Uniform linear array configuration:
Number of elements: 4
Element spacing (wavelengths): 0.5
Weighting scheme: hamming
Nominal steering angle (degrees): -30
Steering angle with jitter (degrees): -31.577
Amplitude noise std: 0.05
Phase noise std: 0.05

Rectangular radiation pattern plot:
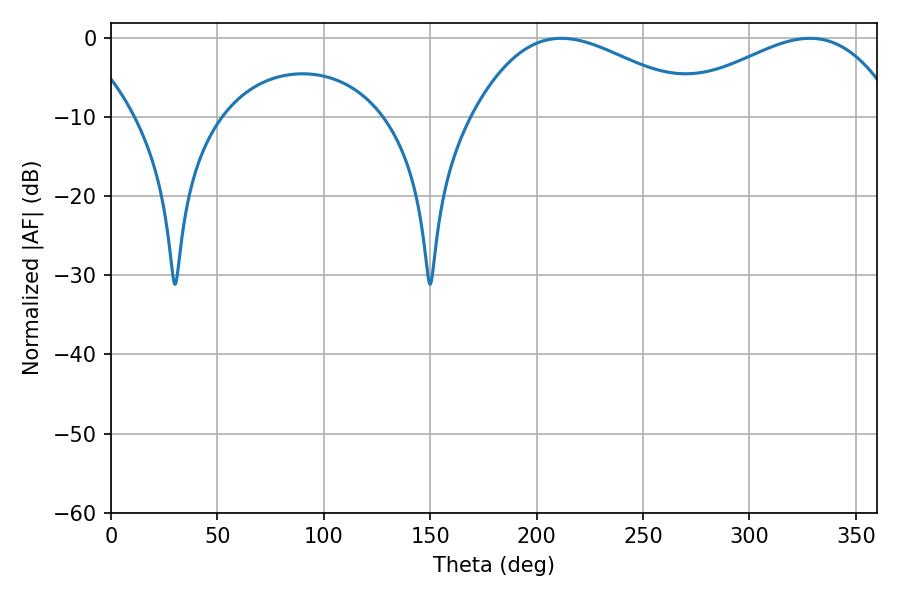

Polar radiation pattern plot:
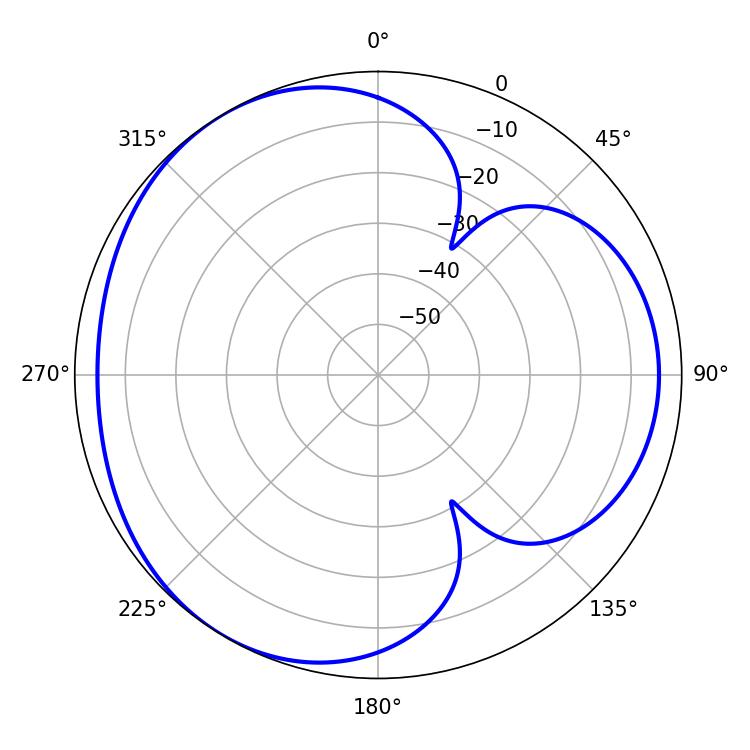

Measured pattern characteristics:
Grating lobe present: FALSE
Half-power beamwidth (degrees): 59.22
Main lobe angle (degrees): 211.68